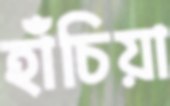
হাঁচিয়া